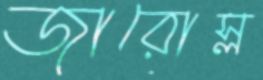
জারোস্ল